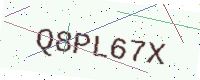
Text: Q8PL67X